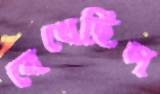
বেধেছিস